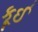
કૂઈ